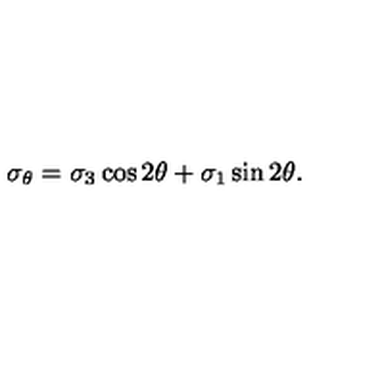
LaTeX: \sigma _ { \theta } = \sigma _ { 3 } \cos 2 \theta + \sigma _ { 1 } \sin 2 \theta .